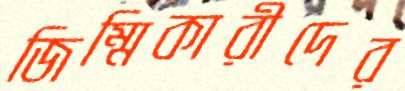
জিম্মিকারীদের